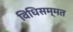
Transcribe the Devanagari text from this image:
विधिसम्‍मत